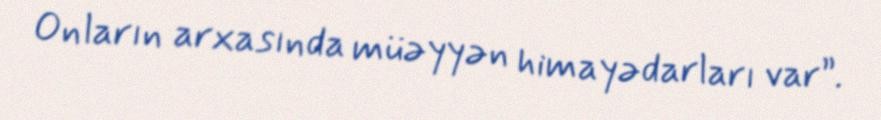
Onların arxasında müəyyən himayədarları var”.